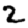
Digit: 2